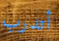
أتدرب